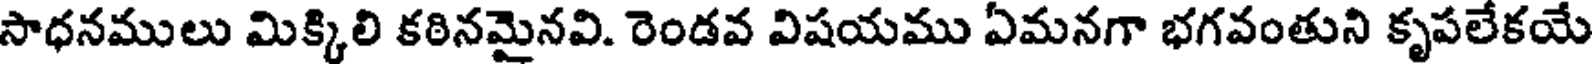
సాధనములు మిక్కిలి కఠినమైనవి. రెండవ విషయము ఏమనగా భగవంతుని కృపలేకయే